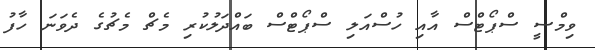
ވިމްސީ ސްޕޯޓްސް އާއި ހުސްއަލި ސްޕޯޓްސް ބައްދަލުކުރި މެޗް މެޗުގެ ދެވަނަ ހާފު